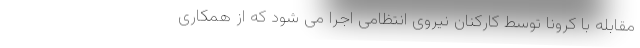
مقابله با کرونا توسط کارکنان نیروی انتظامی اجرا می شود که از همکاری